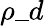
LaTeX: \rho\_ d